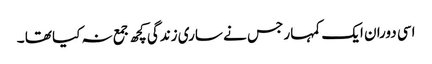
اسی دوران ایک کمہار جس نے ساری زندگی کچھ جمع نہ کیا تھا ۔